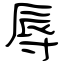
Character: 辱